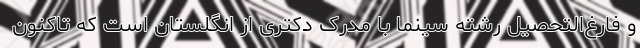
و فارغ‌التحصیل رشته سینما با مدرک دکتری از انگلستان است که تاکنون